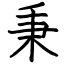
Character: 秉